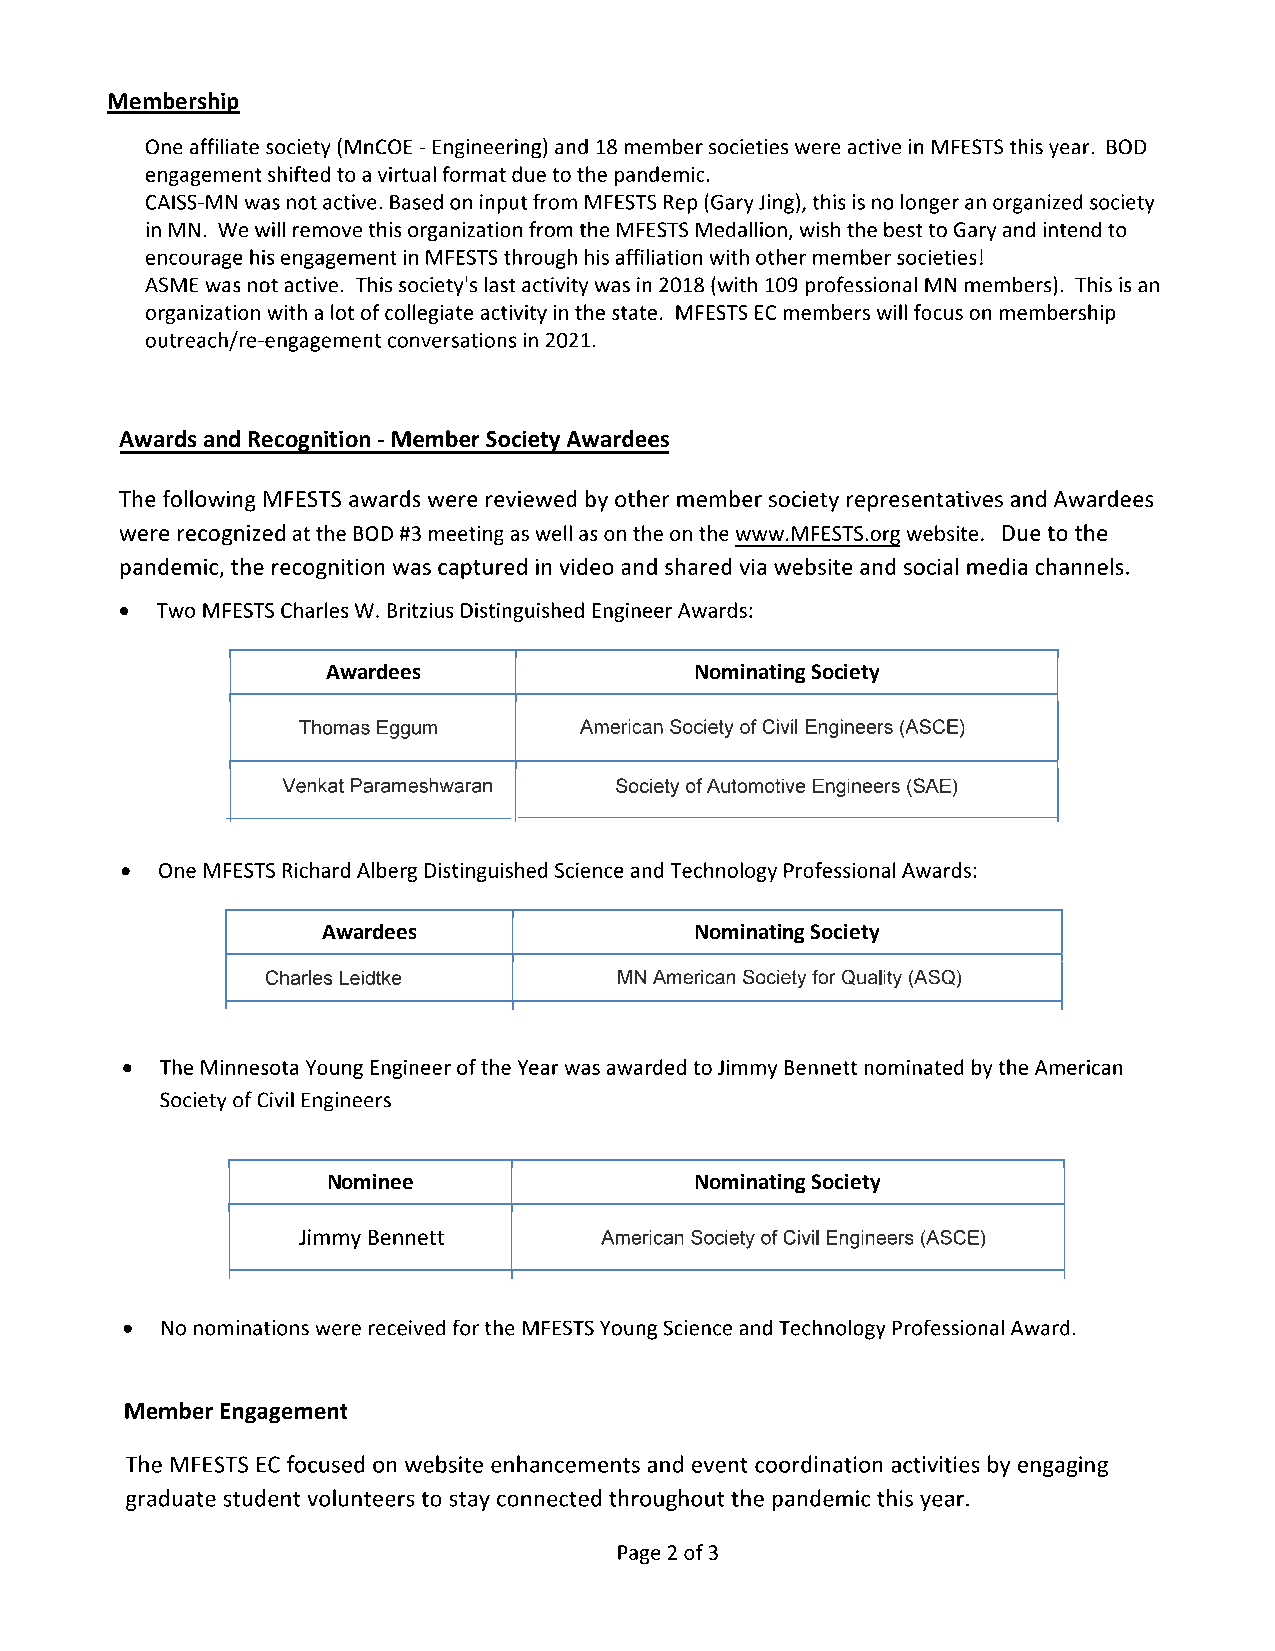
Membership
 Awards and Recognition
 Awardees                Nominating Society
 (
 Awardees                 Nominating Society
 Nominee                 Nominating Society